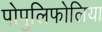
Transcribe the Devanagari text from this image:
पोपुलिफोलिया